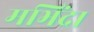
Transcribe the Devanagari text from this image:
मभिंदा